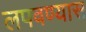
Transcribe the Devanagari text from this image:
लपवण्यास